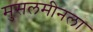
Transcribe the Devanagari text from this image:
मुसलमीनला